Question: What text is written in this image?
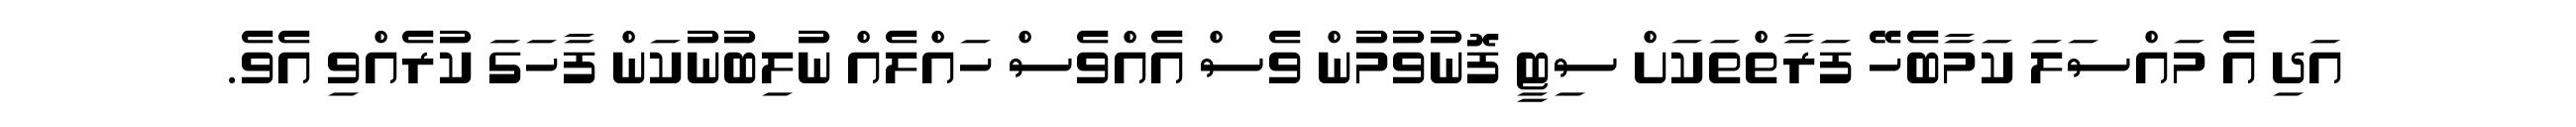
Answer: އަދި އެ މައްސަލަ ކަމާބެހޭ ފަރާތްތަކަށް ސިޓީ ފޮނުވުމުން ވެސް އެއްވެސް ހައްލެއް ނުލިބުނުކަން ފާހަގަ ކުރެއްވި އެވެ.